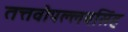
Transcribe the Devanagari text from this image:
तत्तवोपल्लवसिंह